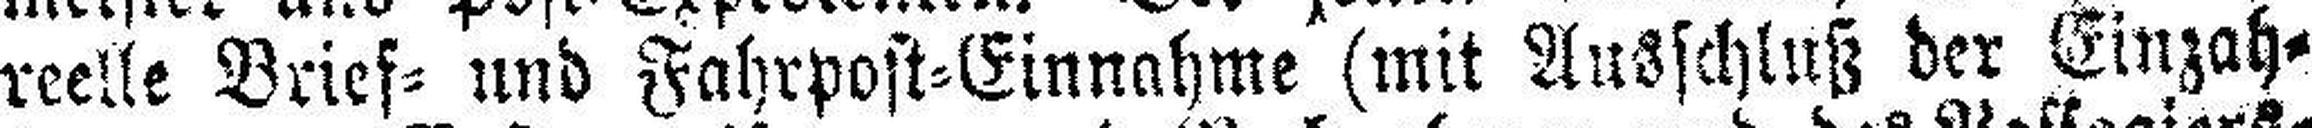
reelle Brief= und Fahrpost=Einnahme (mit Ausschluß der Einzah¬